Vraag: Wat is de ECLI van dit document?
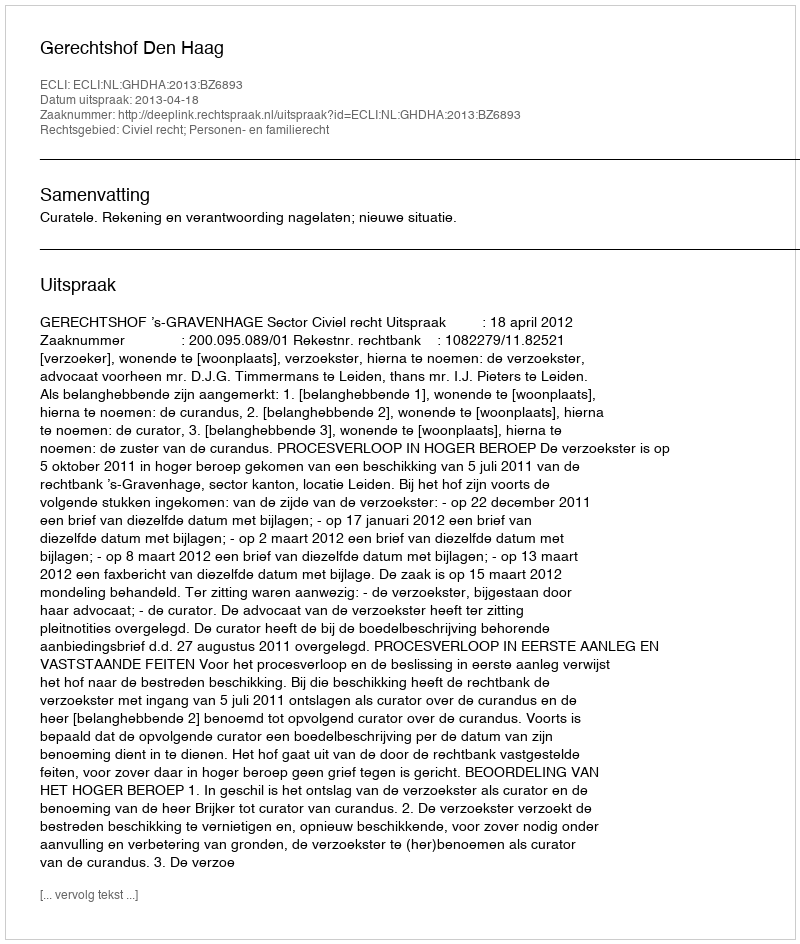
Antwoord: ECLI:NL:GHDHA:2013:BZ6893